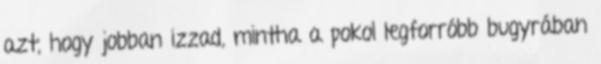
azt, hogy jobban izzad, mintha a pokol legforróbb bugyrában